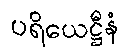
ပရိယေဋ္ဌီနံ